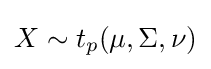
X\sim t_{p}(\mu ,\Sigma ,\nu )